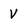
Character: V